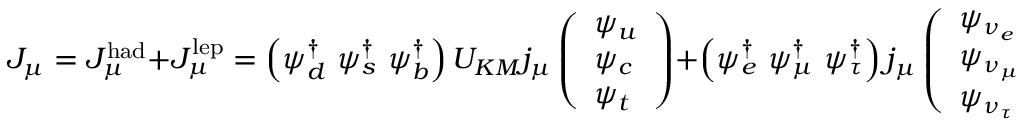
J _ { \mu } = J _ { \mu } ^ { \mathrm { h a d } } + J _ { \mu } ^ { \mathrm { l e p } } = \left( \psi _ { d } ^ { \dagger } \, \, \psi _ { s } ^ { \dagger } \, \, \psi _ { b } ^ { \dagger } \right) U _ { K M } j _ { \mu } \left( \begin{array} { l } { { \psi _ { u } } } \\ { { \psi _ { c } } } \\ { { \psi _ { t } } } \end{array} \right) + \left( \psi _ { e } ^ { \dagger } \, \, \psi _ { \mu } ^ { \dagger } \, \, \psi _ { \tau } ^ { \dagger } \right) j _ { \mu } \left( \begin{array} { l } { { \psi _ { \nu _ { e } } } } \\ { { \psi _ { \nu _ { \mu } } } } \\ { { \psi _ { \nu _ { \tau } } } } \end{array} \right)